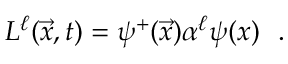
L ^ { \ell } ( \vec { x } , t ) = \psi ^ { + } ( \vec { x } ) \alpha ^ { \ell } \psi ( x ) ~ ~ .